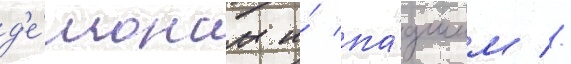
д'е́монам и́ па́дшим //